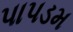
પાપડમ